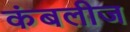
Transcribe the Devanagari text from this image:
कंबलीज